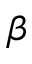
\beta